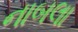
નાબલા